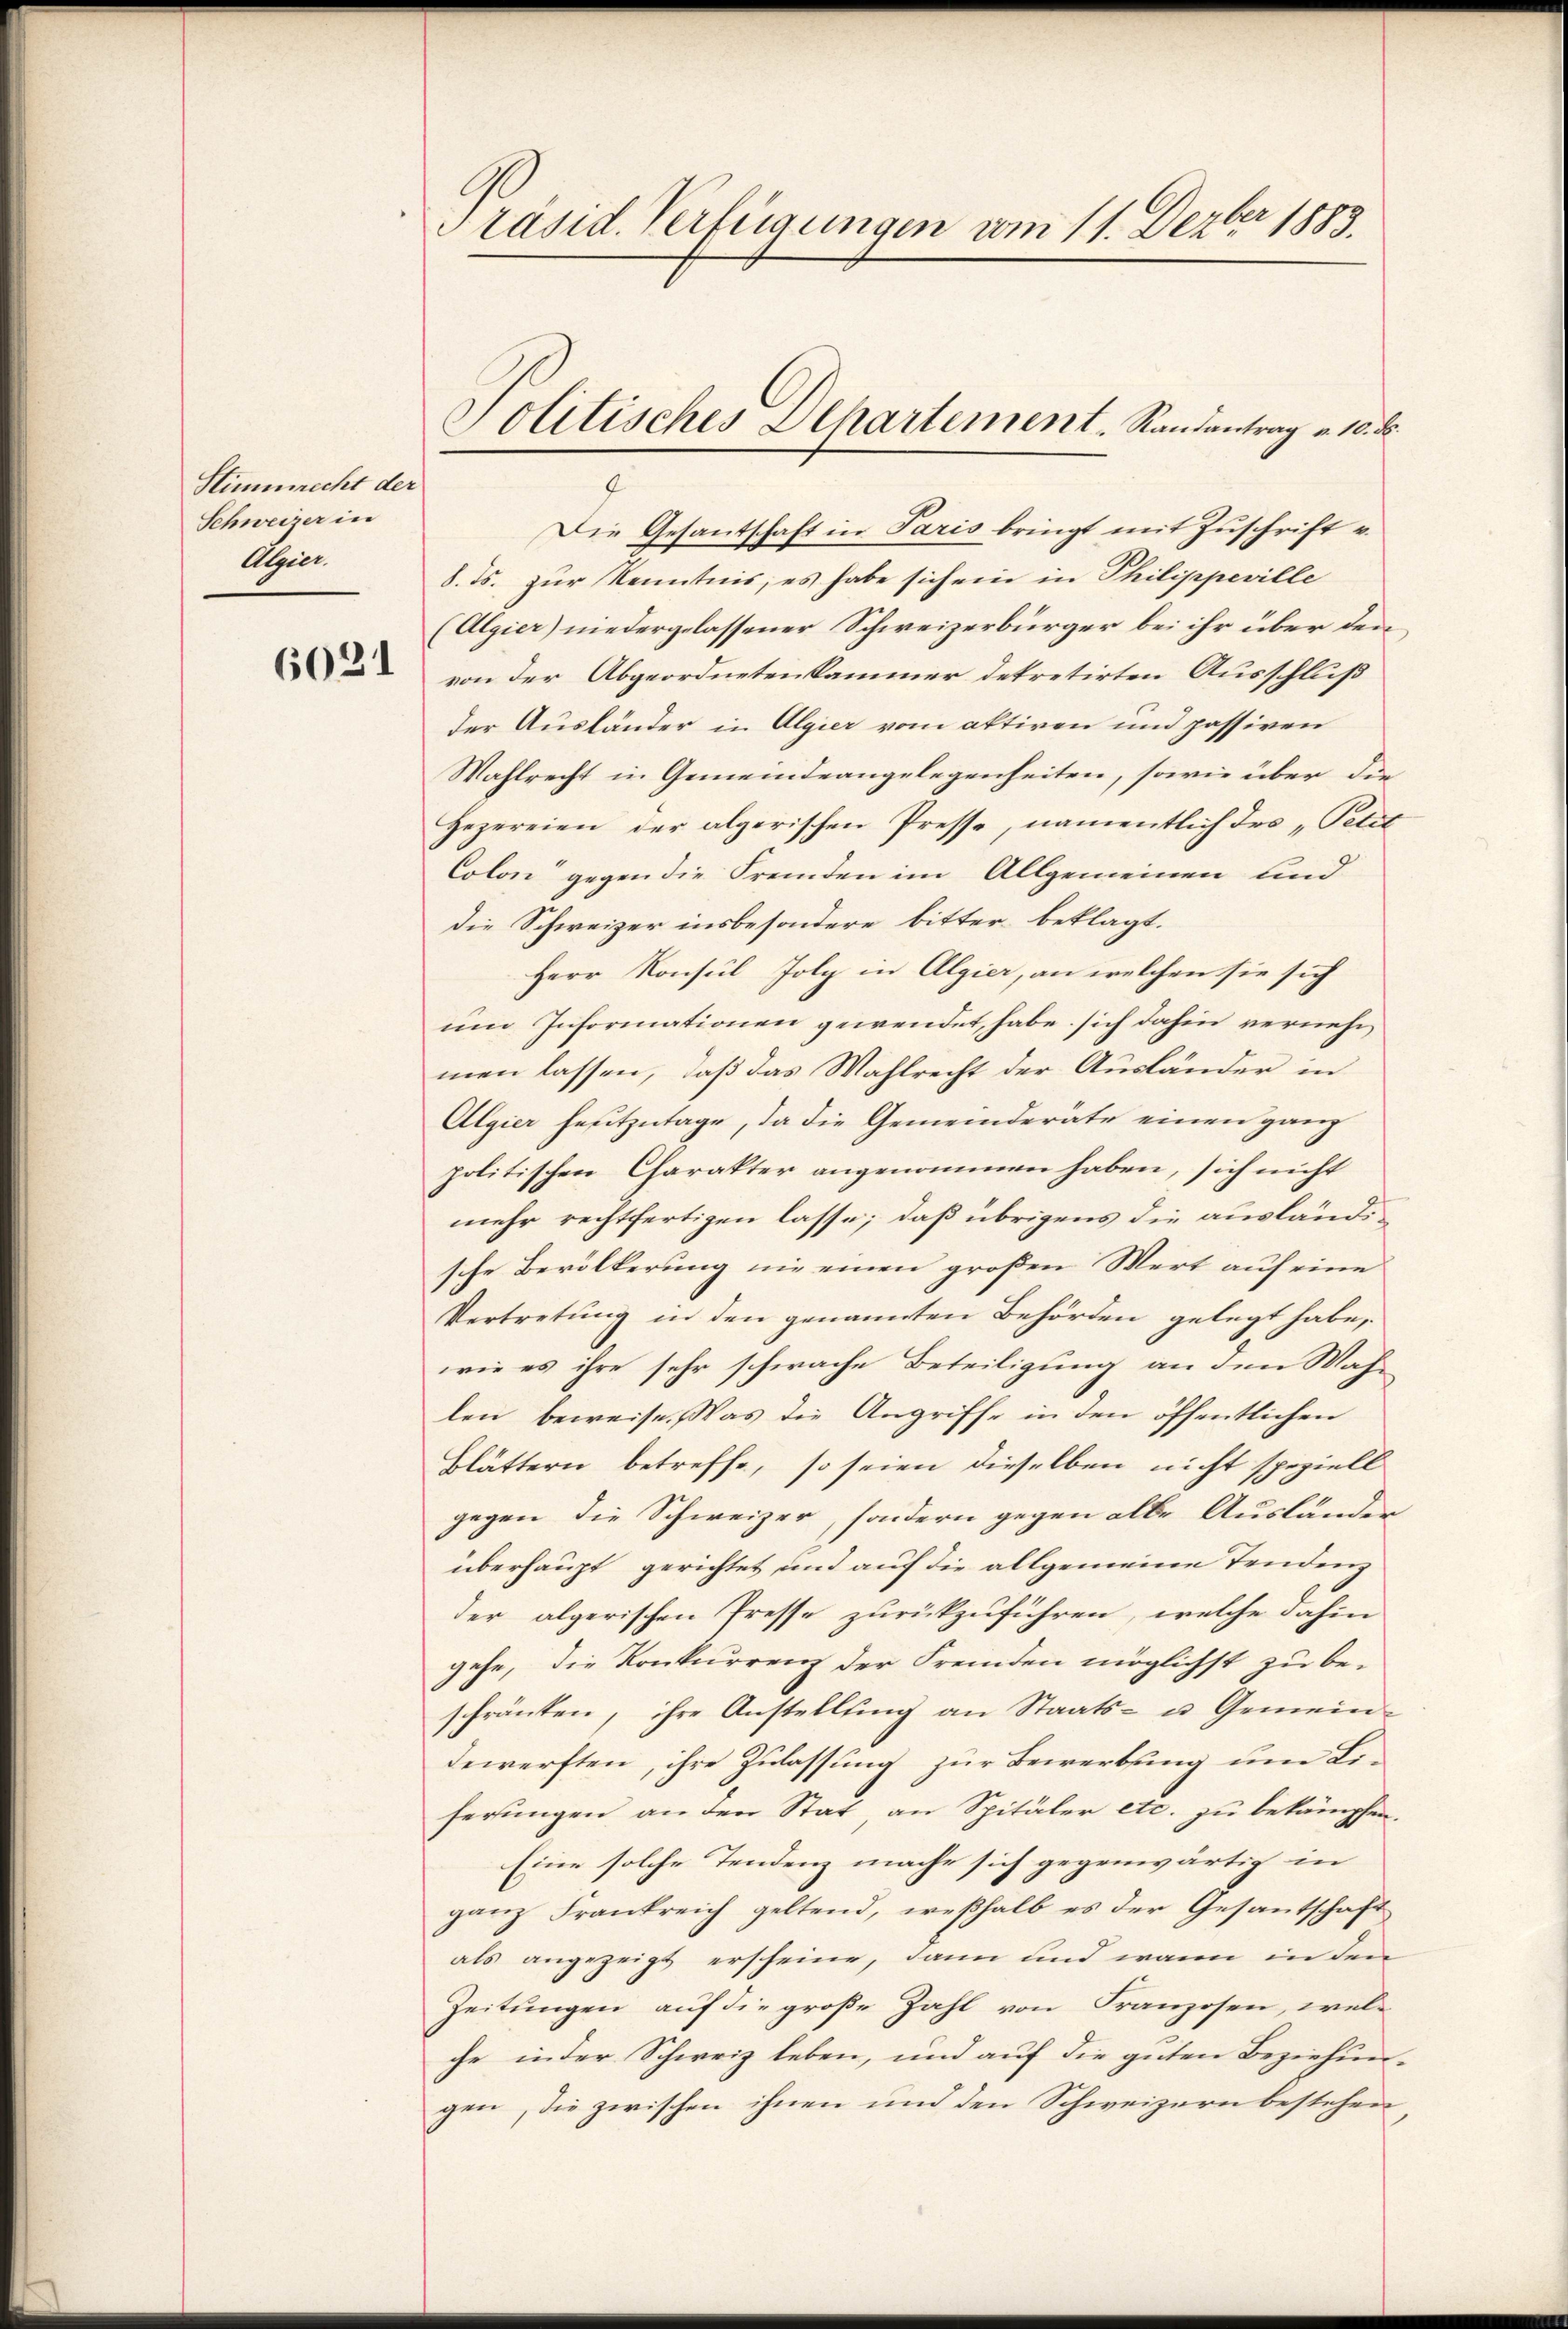
Stimmrecht der
Schweizer in
Algier.

6031

Präsid. Verfügungen vom 11. Dezbr 1883.

Die Gesantschaft in Paris bringt mit Zuschrift v.
8. ds. zur Kenntnis, es habe sich ein in Philippeville
(Algier) niedergelassener Schweizerbürger bei ihr über den
von der Abgeordnetenkammer detretirten Ausschluß
der Ausländer in Algier vom aktiven und passiven
Wahlrecht in Gemeindeangelegenheiten, sowie über die
Hezereien der algerischen Presse, namentlich des „Petit
Colon“ gegen die Fremden im Allgemeinen und
die Schweizer insbesondere bitter beklagt.
Herr Konsul folg in Algier, an welchen sie sich
um Informationen gewendet, habe sich dahin vernehmen lassen, daß das Wahlrecht der Ausländer in
Algier heutzutage, da die Gemeinderäte einen ganz
politischen Charakter angenommen haben, sich nicht
mehr rechtfertigen lasse; daß übrigens die ausländische Bevölkerung nie einen großen Wert auf eine
Vertretung in den genannten Behörden gelegt habe,
wie es ihre sehr schwache Beteiligung an den Wahlen beweise. Was die Angriffe in den öffentlichen
Blättern betreffe, so seien dieselben nicht speziell
gegen die Schweizer, sondern gegen alle Ausländer
überhaupt gerichtet und auf die allgemeine Tendenz
der algerischen Presse zurückzuführen, welche dahin
gehe, die Konkurrenz der Fremden möglichst zu beschränken, ihre Anstellŭng an Staats- u. Gemein-
dewersten, ihre Zulassung zur Bewerbung um Li-
ferungen an den Stat, an Spitäler etc. zu bekämpfen.
Eine solche Tendenz mache sich gegenwärtig in
ganz Frankreich geltend, weßhalb es der Gesantschaft
als angezeigt erscheine, dann und wann in den
Zeitungen auf die große Zahl von Franzosen, welche inder Schweiz leben, und auf die guten Beziehungen, die zwischen ihnen und den Schweizern bestehen

Politisches Departement. Randantrag v. 10. d.
9